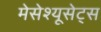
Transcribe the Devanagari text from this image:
मेसेश्यूसेट्स